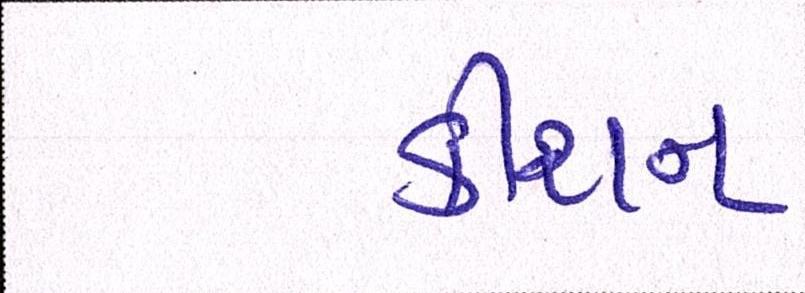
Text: કીશન